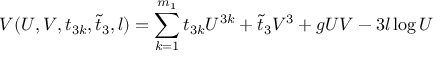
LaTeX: V ( U , V , t _ { 3 k } , \tilde { t } _ { 3 } , l ) = \sum _ { k = 1 } ^ { m _ { 1 } } t _ { 3 k } U ^ { 3 k } + \tilde { t } _ { 3 } V ^ { 3 } + g U V - 3 l \log U